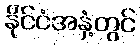
နိုင်ငံအနှံ့တွင်